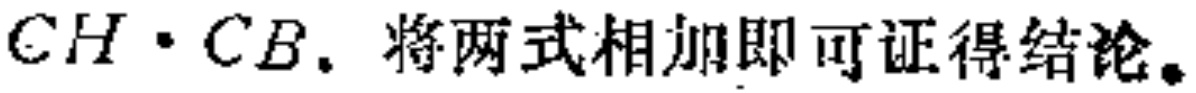
\(CH\cdot CB.\)将两式相加即可证得结论。